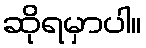
ဆိုရမှာပါ။